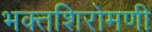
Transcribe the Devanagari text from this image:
भक्तशिरोमणी